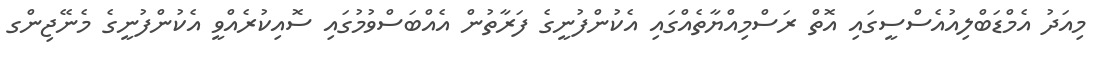
މިއަދު އެމްޑަބްލިއުއެސްސީގައިި އޮތް ރަސްމިއްޔާތެއްގައި އެކުންފުނީގެ ފަރާތުން އެއްބަސްވުމުގައި ސޮއިކުރެއްވީ އެކުންފުނީގެ މެނޭޖިންގ